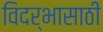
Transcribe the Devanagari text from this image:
विदर्भासाठी